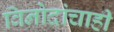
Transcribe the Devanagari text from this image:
विनोदांचाही